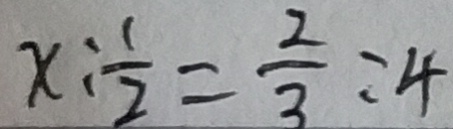
x : \frac { 1 } { 2 } = \frac { 2 } { 3 } : 4